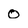
Character: 0